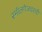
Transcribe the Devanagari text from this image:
स्मॉलगेजवरची